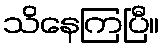
သိနေကြပြီ။